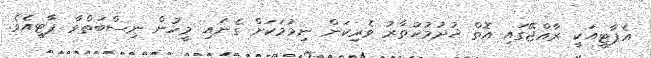
އެޕާޓީއަކީ ރާއްޖޭގައި އޮތް ޚުދުމުހުތާރު ވެރިކަން ނިމުމަކަށް ގެނައި މީހުން ނިސްބަތްވާ ޕާޓީއެވެ.